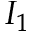
I _ { 1 }